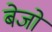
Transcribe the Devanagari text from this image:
बेजो